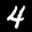
Label: 4